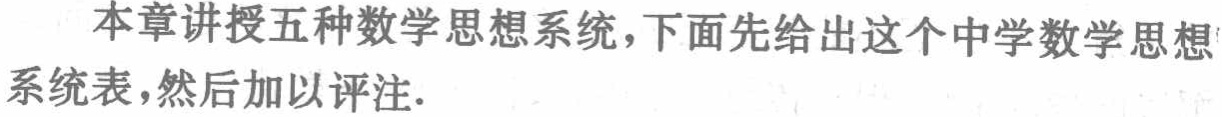
本章讲授五种数学思想系统，下面先给出这个中学数学思想系统表，然后加以评注.